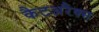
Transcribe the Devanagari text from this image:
कैटअरैक्स